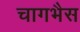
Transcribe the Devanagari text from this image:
चागभैस